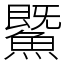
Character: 鱀